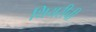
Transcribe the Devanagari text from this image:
थियरीची